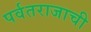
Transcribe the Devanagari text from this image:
पर्वतराजाची